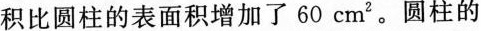
积比圆柱的表面积增加了60cm^{2}。圆柱的